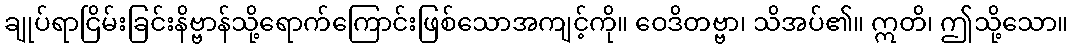
ချုပ်ရာငြိမ်းခြင်းနိဗ္ဗာန်သို့ရောက်ကြောင်းဖြစ်သောအကျင့်ကို။ ဝေဒိတဗ္ဗာ၊ သိအပ်၏။ ဣတိ၊ ဤသို့သော။